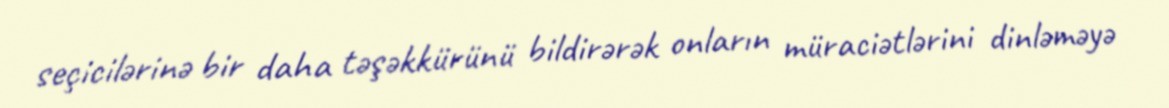
seçicilərinə bir daha təşəkkürünü bildirərək onların müraciətlərini dinləməyə